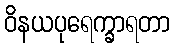
ဝိနယပုရေက္ခာရတာ